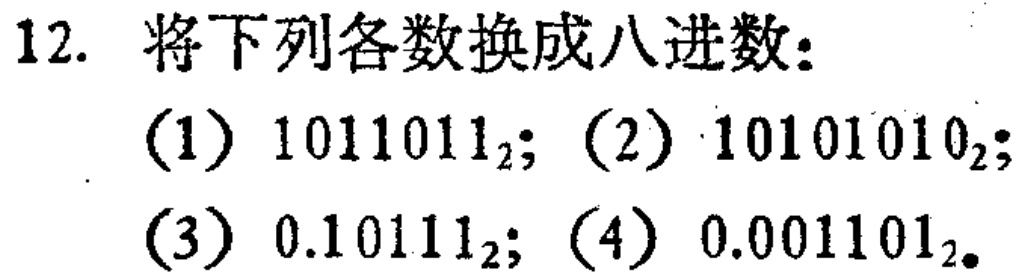
12. 将下列各数换成八进数：

(1) \(1011011_2\)；(2) \(10101010_2\)；

(3) \(0.10111_2\)；(4) \(0.001101_2\)。